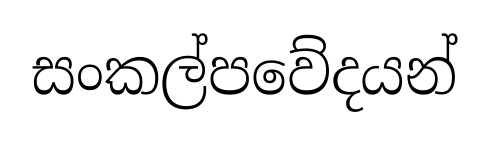
සංකල්පවේදයන්